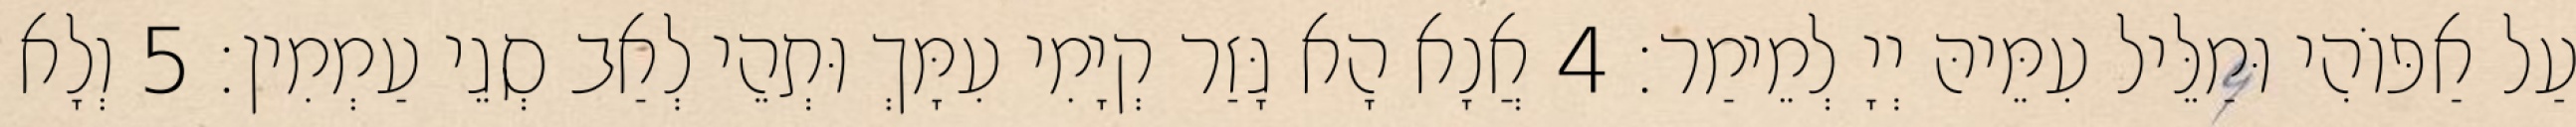
עַל אַפּוֹהִי וּמַלֵּיל עִמֵּיהּ יְיָ לְמֵימַר׃ 4 אֲנָא הָא גָּזַר קְיָמִי עִמָּךְ וּתְהֵי לְאַב סְגֵי עַמְמִין׃ 5 וְלָא